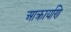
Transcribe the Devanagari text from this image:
आक्रायणि